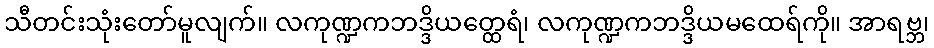
သီတင်းသုံးတော်မူလျက်။ လကုဏ္ဍကဘဒ္ဒိယတ္ထေရံ၊ လကုဏ္ဍကဘဒ္ဒိယမထေရ်ကို။ အာရဗ္ဘ၊